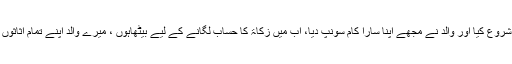
میں نے اپنی پڑھائی مکمل کرنے کے بعد اپنے والد کے ساتھ کام شروع کیا اور والد نے مجھے اپنا سارا کام سونپ دیا، اب میں زکاۃ کا حساب لگانے کے لیے بیٹھاہوں ، میرے والد اپنے تمام اثاثوں کی زکاۃ دیتے تھے، سوال یہ ہے کہ کن اثاثوں پر زکاۃ آئے گی؟